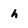
Character: h